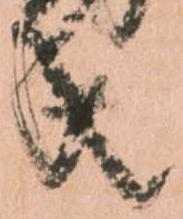
共